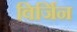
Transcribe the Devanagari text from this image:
विर्जिन